system: You are a helpful assistant.
user:
Analyze the provided spectrum to determine if it is a **M-type Giant (gM)**.

A M-type Giant spectrum is defined by its **strong molecular absorption** features, particularly from **Titanium Oxide (TiO)**. You must check for one of the following mutually exclusive signatures:

- **Key Visual Indicators (Absorption-Dominated Spectrum):**

    - **(Primary):** The spectrum is dominated by strong molecular absorption from **Titanium Oxide (TiO)**. This is the **defining feature** of its M-type temperature class.
        - **(Key Bandheads):** Look for sharp, "saw-tooth" absorption valleys. The strongest are located near **~7050 Å**, **~6160 Å**, and **~5170 Å**.
        - **(Line Profile):** The "saw-tooth" morphology is critical: a **sharp, steep drop on the BLUE (short-wavelength) side** of the bandhead, followed by a gradual recovery (rising flux) towards the RED (long-wavelength) side.

    - **(Key Confirmation - Giant vs. Dwarf):** **ABSENCE** of strong **Calcium Hydride (CaH)** molecular bands. This is the primary diagnostic for *excluding* M-dwarfs.
        - **(Key Region):** The spectrum should lack the strong, broad absorption band seen in dwarfs between **~6800 Å and ~7000 Å**.

    - **(Secondary Confirmation - Giant):** A very strong and broad **Neutral Calcium (Ca I)** atomic absorption line.
        - **(Key Line):** Located at **~4226 Å**. In a giant (gM), this line is significantly deeper and broader than the same line in an M-dwarf (dM) due to low surface gravity.

    - **(Overall Spectrum):**
        - The continuum is **extremely red-sloping** (i.e., flux is very low in the blue and rises dramatically towards the red).
        - The entire spectrum appears "chopped up" by the deep TiO bands.

Think first, call **spectral_visualization_tool** if needed to examine features in detail, then provide your final answer. Your response must adhere to the following strict rules:
1.  **Overall Structure:** Your response must follow the format `<think>...</think> <tool_call>...</tool_call> (if a tool is used) <answer>...</answer>`.
2.  **Tool Usage Constraint:** You may only make **one** tool call per turn.
3.  **Final Answer Format:** In the `<answer>` tag, your conclusion must be inside a `\boxed{}` command (e.g., `\boxed{YES}` or `\boxed{NO}`), followed by your justification.

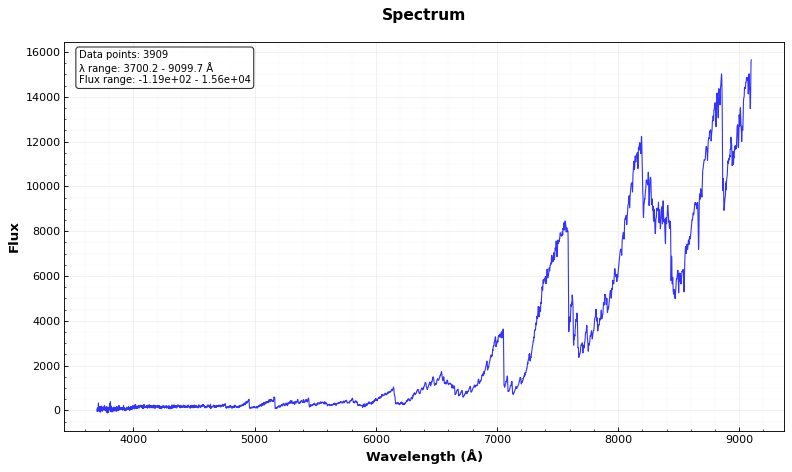
Answer: YES